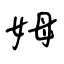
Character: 姆